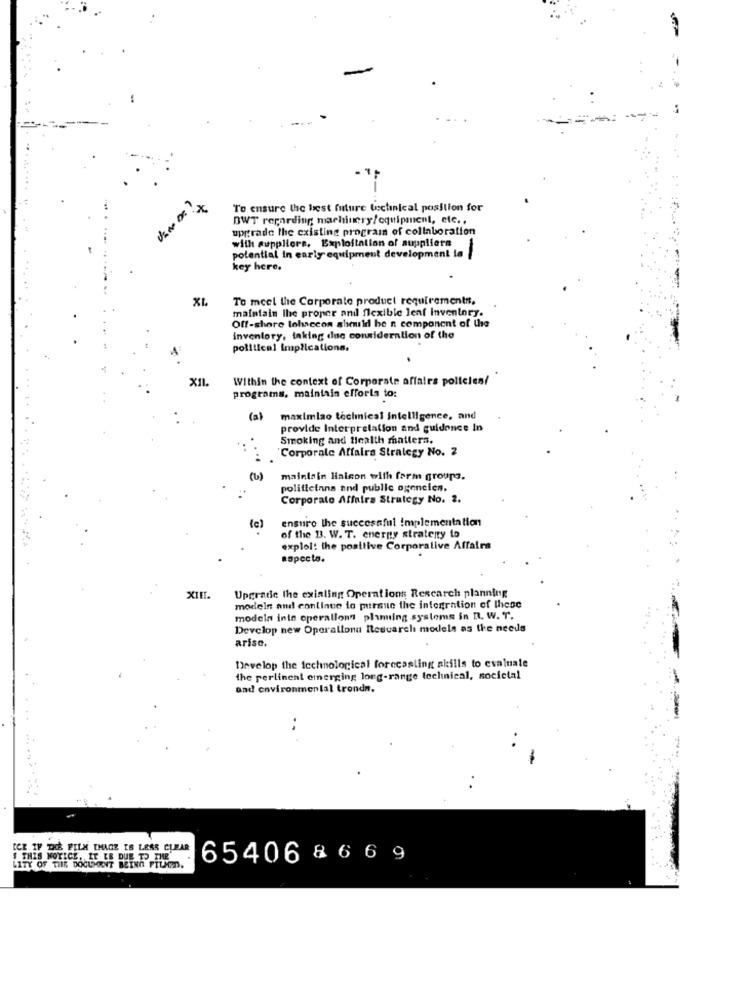
x
To ensure the hest future techinical position for
BWT regarding machinery/equipment, etc. .
upptrade the existing prograin of collaboration
with suppliers, Exploitation of suppliers
-
potential in early equipment development la
key here.
To mcel the Corporate product requirements.
maintain the proper and flexible leaf inventory.
Off-shore lohaccon should he n component of the
inventory, taking due consideration of the
political implications,
XIL.
Within the context of Corporate affairs policies/
programs, maintain efforts to:
(a)
maximiao technical intelligence, and
provide Interpretation and guidonce In
Smoking and Health matters.
"Corporate Affairs Strategy No. 2
maintain liaison with form groupe.
politicians and public ogencien.
Corporate Affairs Strategy No. 2.
ensure the successful Implementation
of the B. W. T. energy stratenty to
explol! the positive Corporalive Affairs
aspects.
XIE.
Upgrade the existing Operations Research planning
models and continue to pursue the integration of these
modela inte operalion" planting .systems in R. W. T.
Develop new Operations Research models as the needs
arise.
Develop the technological forecasting skills to evaluate
the pertinent emerging long-range technical, societal
and environmental trondn.
CCE IF THE PILX IMAGE IS LEAR CLEAR
! THIS NOTICE, IT [E DUE TO THE
65406 8 6 6 9
LITY OF THE DOCUMENT BETNO FILM